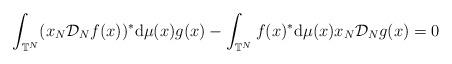
LaTeX: \begin{gather*}\int_{\mathbb{T}^{N}} ( x_{N}\mathcal{D}_{N}f(x)) ^{\ast}\mathrm{d}\mu(x) g(x) -\int_{\mathbb{T}^{N}}f(x) ^{\ast}\mathrm{d}\mu(x) x_{N}\mathcal{D}_{N}g(x) =0\end{gather*}